Vaccination in Bombay 1902-1912 - 1902-1912
Year: 1902
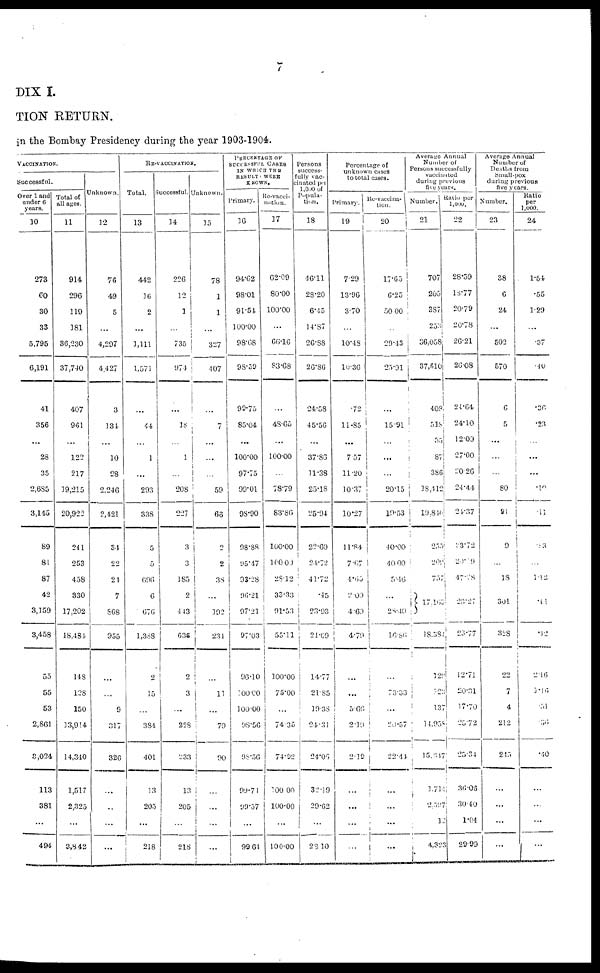
7
DIX I.
TION RETURN.
in the Bombay Presidency during the year 1903-1904.
VACCINATION.
Successful.
Over 1 and
under 6
years.
10
273
60
30
33
5,795
6,191
41
356
...
28
35
2,685
3,145
89
81
87
42
3,159
3,458
55
55
53
2,861
3,024
113
381
...
494
Total of
all ages.
11
914
296
119
181
36,230
37,740
407
961
...
122
217
19,215
20,922
241
253
458
330
17,202
18,484
148
128
150
13,914
14,340
1,517
2,325
...
3,842
Unknown.
12
76
49
5
...
4,297
4,427
3
134
...
10
28
2,246
2,421
34
22
24
7
868
955
...
...
9
317
326
...
...
...
...
RE-VACCINATION.
Total.
13
442
16
2
...
1,111
1,571
...
44
...
1
...
293
338
5
5
696
6
676
1,388
2
15
...
384
401
13
205
...
218
Successful.
14
226
12
1
...
735
974
...
18
...
1
...
208
227
3
3
185
2
443
636
2
3
...
228
233
13
205
...
218
Unknown.
15
78
1
1
...
327
407
...
7
...
...
...
59
66
2
2
38
...
192
234
...
11
....
79
90
...
...
...
...
PERCENTAGE OF
SUCCESSFUL CASES
IN WHICH THE
RESULT WERE
KNOWN.
Primary.
16
94.62
98.01
91.54
100.00
98.68
98.59
99.75
85.04
...
100.00
97.75
99.01
98.90
98.88
95.47
93.28
96.21
97.21
97.03
96.10
100.00
100.00
98.56
98.56
99.74
99.57
...
99.64
Re-vacci-
nation.
17
62.09
80.00
100.00
...
66.16
83.68
...
48.65
...
100.00
...
78.79
83.86
100.00
100.00
28.12
33.33
91.53
55.11
100.00
75.00
...
74.35
74.92
100.00
100.00
...
100.00
Persons
success-
fully vac-
cinated per
1,090 of
Popula-
tion.
18
46.11
28.20
6.45
14.87
26.88
26.86
24.58
45.56
...
37.86
11.38
25.18
25.94
22.60
24.72
41.72
.45
23.93
21.69
14.77
21.85
19.38
24.31
24.06
32.19
29.62
...
28.10
Percentage of
unknown cases
to total cases.
Primary.
19
7.29
13.96
3.70
...
10.48
10.36
.72
11.85
...
7.57
11.20
10.37
10.27
11.84
7.67
4.65
2.00
4.69
4.79
...
...
5.66
2.19
2.19
...
...
...
...
Re-vaccina-
tion.
20
17.65
6.25
50.00
...
29.43
25.91
...
15.91
...
...
...
20.15
19.53
40.00
40.00
5.46
...
28.40
16.86
...
73.33
...
20.57
22.44
...
...
...
...
Average Annual
Number of
Persons successfully
vaccinated
during previous
five years.
Number.
21
707
205
387
253
36,058
37,610
408
518
35
87
386
18,412
19,844
255
209
757
17,165
18,384
129
723
137
14,958
15,347
1,714
2, 597
12
4,323
Ratio per
1,000.
22
28.59
18.77
20.79
20.78
26.21
26.08
24.64
24.10
12.09
27.00
20.26
24.44
24.37
23.72
20.19
47.28
23.27
23.77
12.71
20.31
17.70
25.72
25.34
36.06
30.40
1.04
29.99
Average Annual
Number of
Deaths from
Small-pox
during previous
five years.
Number.
23
38
6
24
...
502
570
6
5
...
...
...
80
9 1
9
...
18
301
328
22
7
4
212
245
...
...
...
...
Ratio
per
1,000.
24
1.54
.55
1.29
...
.37
.40
.36
.23
...
...
...
.10
.11
83
...
1.12
.41
.42
2.16
1.16
.51
.36
.40
...
...
...
...